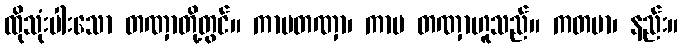
ထိုသုံးပါးသော တဏှာတို့တွင်။ ကာမတဏှာ၊ ကာမ တဏှာဟူသည်။ ကတမာ၊ နည်း။